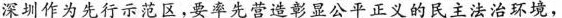
深圳作为先行示范区，要率先营造彰显公平正义的民主法治环境，